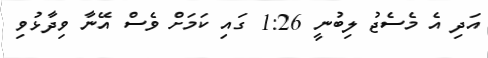
އަދި އެ މެސެޖު ލިބުނީ 1:26 ގައި ކަމަށް ވެސް އޭނާ ވިދާޅުވި